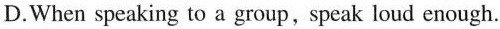
D.When speaking to a group,speak loud enough.